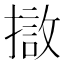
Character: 𭢖